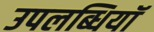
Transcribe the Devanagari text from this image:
उपलब्धियॉ